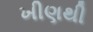
ખીણથી